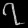
Digit: ၇